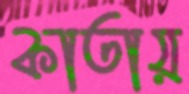
কাতায়